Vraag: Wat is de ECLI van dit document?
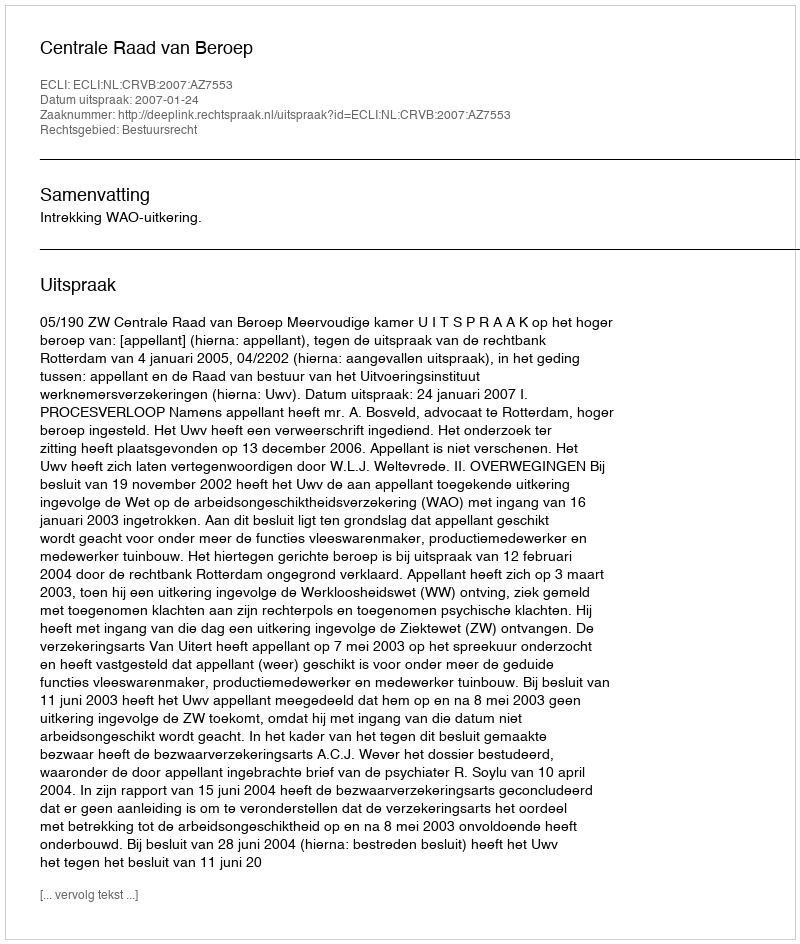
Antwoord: ECLI:NL:CRVB:2007:AZ7553